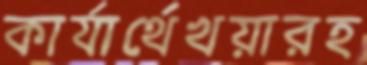
কার্যার্থেখয়ারহ